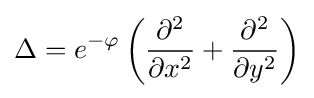
\Delta =e^{-\varphi }\left({\frac {\partial ^{2}}{\partial x^{2}}}+{\frac {\partial ^{2}}{\partial y^{2}}}\right)